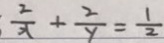
\frac { 2 } { x } + \frac { 2 } { y } = \frac { 1 } { 2 }